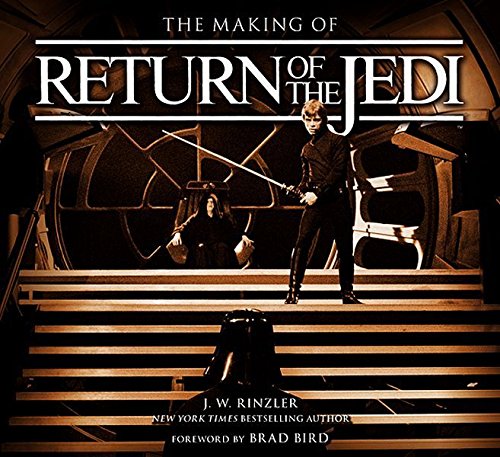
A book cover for The Making of Star Wars: Return of the Jedi; J.W. Rinzler; Humor & Entertainment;